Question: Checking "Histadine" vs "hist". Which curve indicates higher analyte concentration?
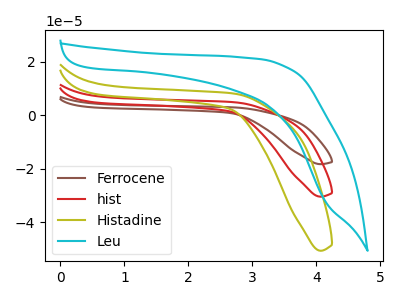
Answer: <think>The brown curve "Ferrocene" has no peaks. The red curve "hist" has no peaks. The olive curve "Histadine" has no peaks. The cyan curve "Leu" has no peaks.
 Neither "Histadine" or "hist" have any peaks.</think>
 <answer>I cant tell if "Histadine" or "hist" has higher concentration.</answer>
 <eval>mixed_concentration</eval>